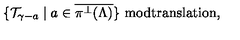
\{ { \cal T } _ { \gamma - a } \mid a \in \overline { { \pi ^ { \perp } ( \Lambda ) } } \} \mathrm { \ m o d t r a n s l a t i o n } ,